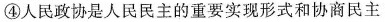
④人民政协是人民民主的重要实现形式和协商民主